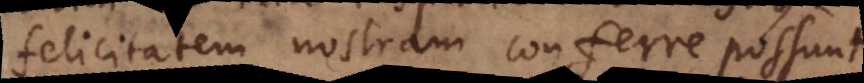
felicitatem nostram conferre possunt